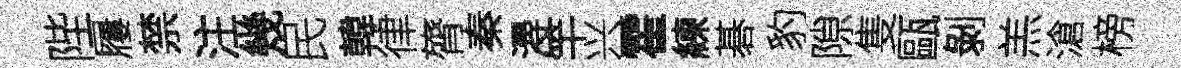
陛屨禁注幾民韓律膂秦潯竿兴霍練碁豹隙隻甌剝羔滄榜